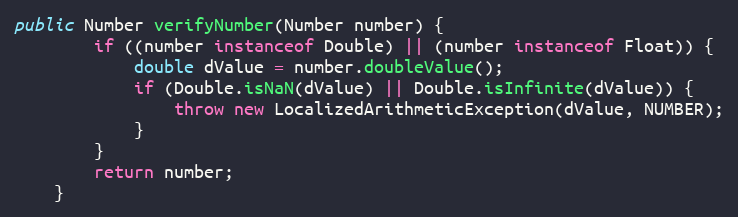
Language: Java
public Number verifyNumber(Number number) {
        if ((number instanceof Double) || (number instanceof Float)) {
            double dValue = number.doubleValue();
            if (Double.isNaN(dValue) || Double.isInfinite(dValue)) {
                throw new LocalizedArithmeticException(dValue, NUMBER);
            }
        }
        return number;
    }